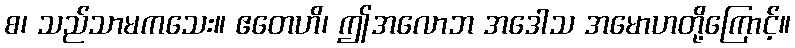
စ၊ သည်သာမကသေး။ ဧတေဟိ၊ ဤအလောဘ အဒေါသ အမောဟတို့ကြောင့်။